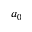
a _ { 0 }